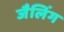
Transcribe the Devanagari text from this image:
जैलिंग